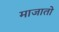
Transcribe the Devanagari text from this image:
माजातो